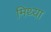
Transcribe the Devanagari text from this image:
मिथ्‍या